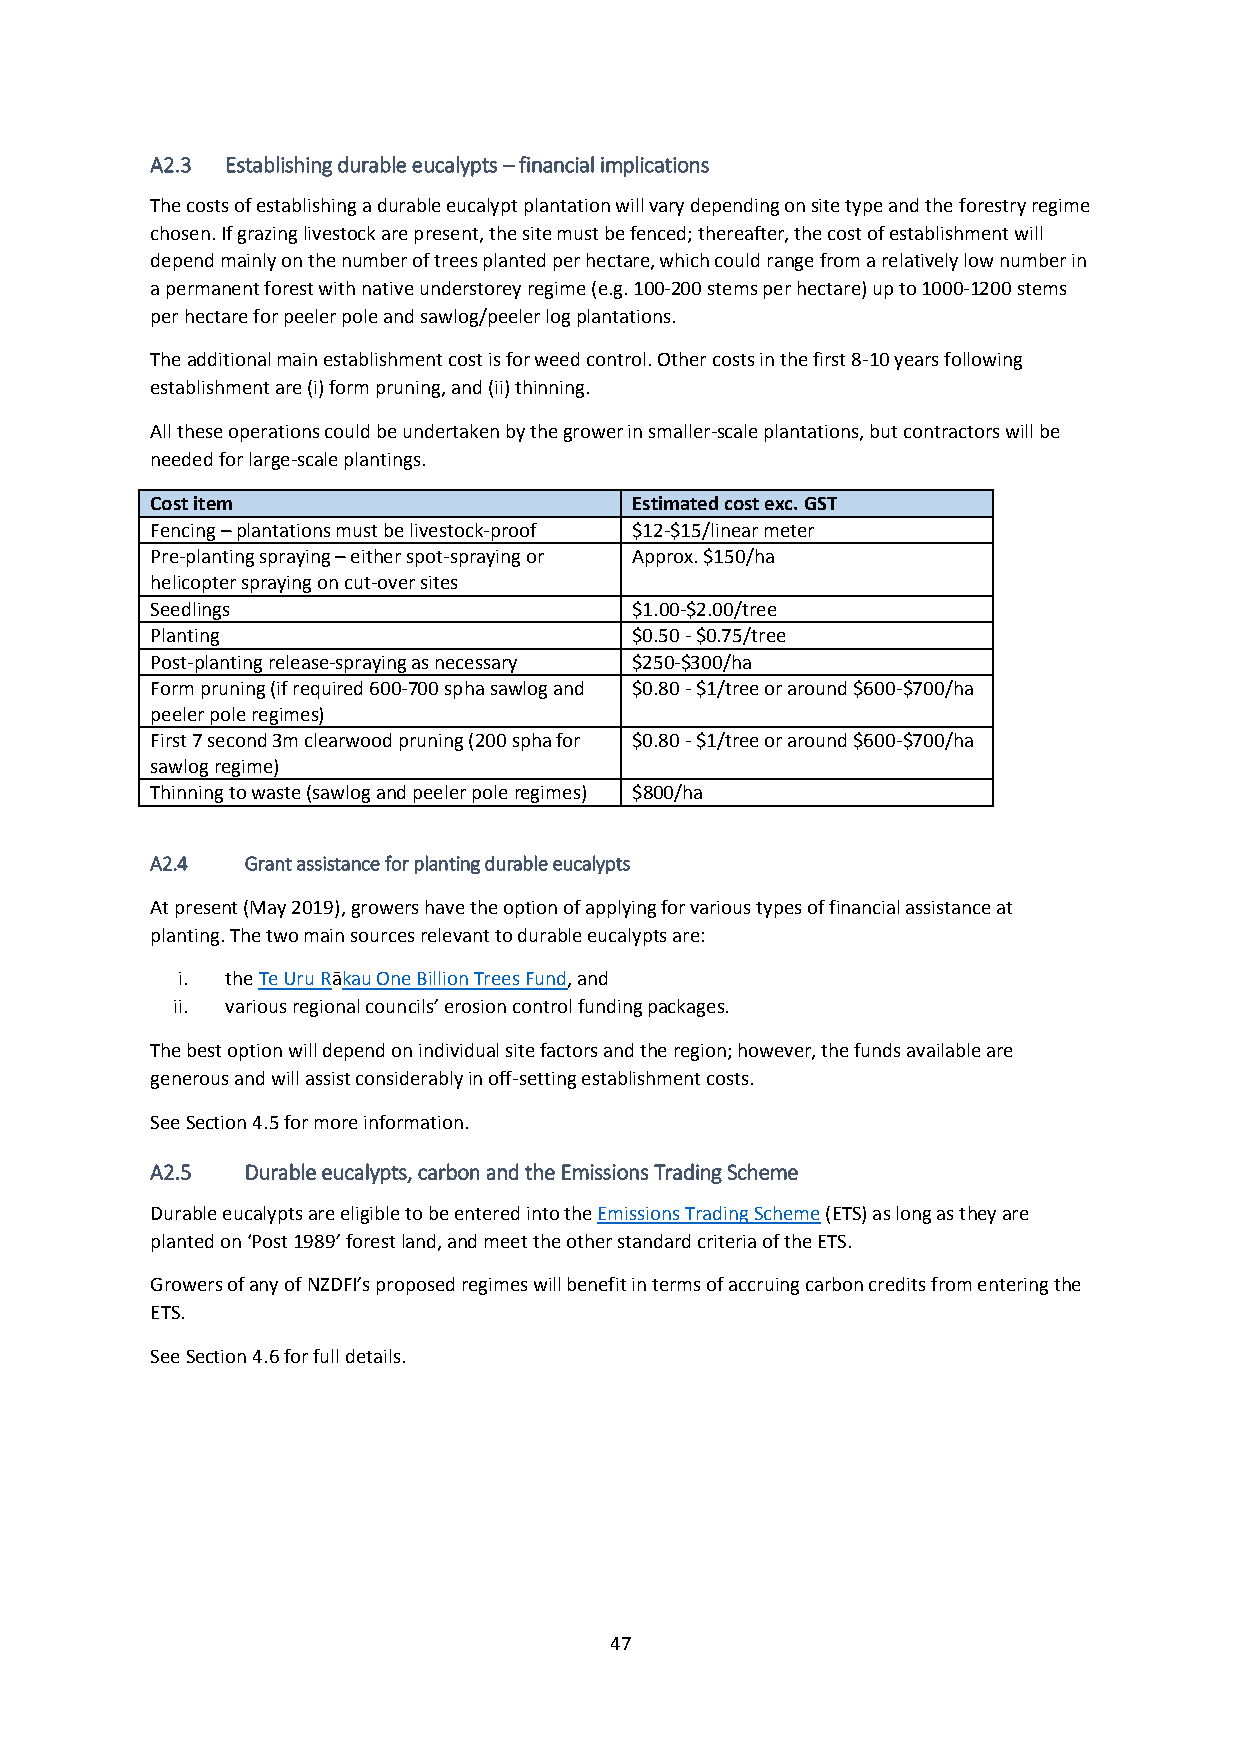
A2.3 Establishing durable eucalypts – financial implications
 The costs of establishing a durable eucalypt plantation will vary depending on site type and the forestry regime
 chosen. If grazing livestock are present, the site must be fenced; thereafter, the cost of establishment will
 depend mainly on the number of trees planted per hectare, which could range from a relatively low number in
 a permanent forest with native understorey regime (e.g. 100-200 stems per hectare) up to 1000-1200 stems
 per hectare for peeler pole and sawlog/peeler log plantations.
 The additional main establishment cost is for weed control. Other costs in the first 8-10 years following
 establishment are (i) form pruning, and (ii) thinning.
 All these operations could be undertaken by the grower in smaller-scale plantations, but contractors will be
 needed for large-scale plantings.
 Cost item                       Estimated cost exc. GST
 Fencing – plantations must be livestock-proof $12-$15/linear meter
 Pre-planting spraying – either spot-spraying or Approx. $150/ha
 helicopter spraying on cut-over sites
 Seedlings                       $1.00-$2.00/tree
 Planting                        $0.50 - $0.75/tree
 Post-planting release-spraying as necessary $250-$300/ha
 Form pruning (if required 600-700 spha sawlog and $0.80 - $1/tree or around $600-$700/ha
 peeler pole regimes)
 First 7 second 3m clearwood pruning (200 spha for $0.80 - $1/tree or around $600-$700/ha
 sawlog regime)
 Thinning to waste (sawlog and peeler pole regimes) $800/ha
 A2.4  Grant assistance for planting durable eucalypts
 At present (May 2019), growers have the option of applying for various types of financial assistance at
 planting. The two main sources relevant to durable eucalypts are:
 i. the Te Uru Rākau One Billion Trees Fund, and
 ii. various regional councils’ erosion control funding packages.
 The best option will depend on individual site factors and the region; however, the funds available are
 generous and will assist considerably in off-setting establishment costs.
 See Section 4.5 for more information.
 A2.5  Durable eucalypts, carbon and the Emissions Trading Scheme
 Durable eucalypts are eligible to be entered into the Emissions Trading Scheme (ETS) as long as they are
 planted on ‘Post 1989’ forest land, and meet the other standard criteria of the ETS.
 Growers of any of NZDFI’s proposed regimes will benefit in terms of accruing carbon credits from entering the
 ETS.
 See Section 4.6 for full details.
 47